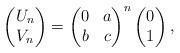
LaTeX: \begin{align*} \begin{pmatrix} U_n \\ V_n \\ \end{pmatrix} = \begin{pmatrix} 0 & a \\ b & c \\ \end{pmatrix}^n \begin{pmatrix} 0 \\ 1 \\ \end{pmatrix},\end{align*}